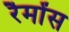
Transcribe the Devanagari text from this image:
रैमोंस